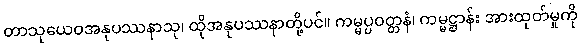
တာသုယေဝအနုပဿနာသု၊ ထိုအနုပဿနာတို့ပင်။ ကမ္မပ္ပဝတ္တနံ၊ ကမ္မဋ္ဌာန်း အားထုတ်မှုကို